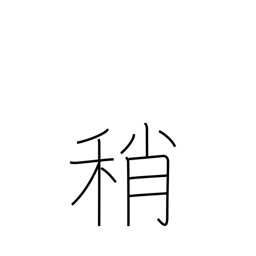
Meaning: slightly